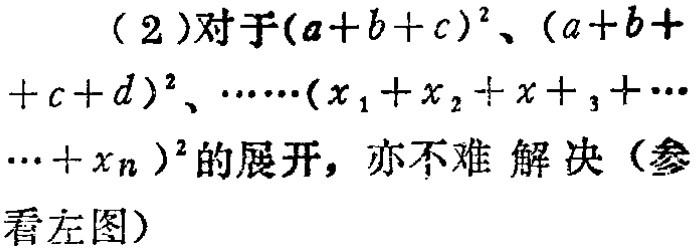
（2）对于\((a + b + c)^2\)、\((a + b + c + d)^2\)、\(\cdots\cdots(x_1 + x_2 + x_3+\cdots + x_n)^2\)的展开，亦不难 解决（参看左图）